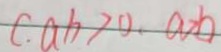
( a b ) > 0 , a > b